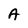
Character: A